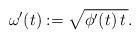
LaTeX: \begin{align*} \omega'(t) &:= \sqrt{ \phi'(t)\,t\,}.\end{align*}